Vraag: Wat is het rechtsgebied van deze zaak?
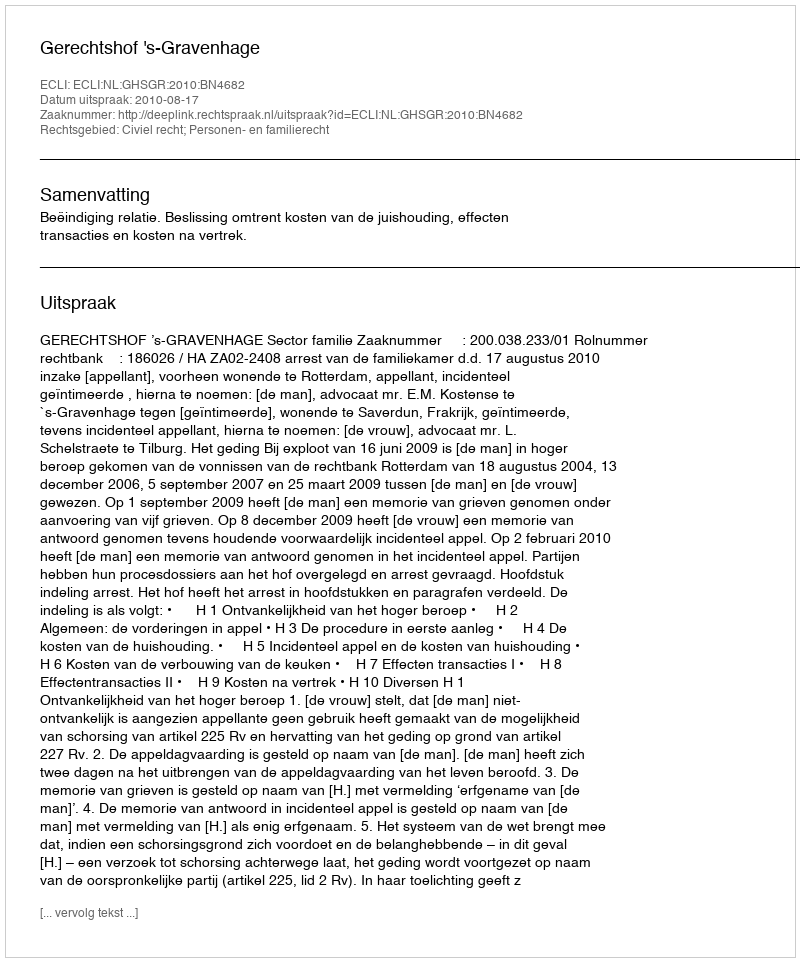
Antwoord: Civiel recht; Personen- en familierecht